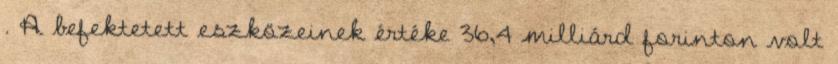
. A befektetett eszközeinek értéke 36,4 milliárd forinton volt